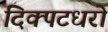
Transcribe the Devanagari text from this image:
दिक्पटधरो